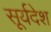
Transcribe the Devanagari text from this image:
सूर्यदेश